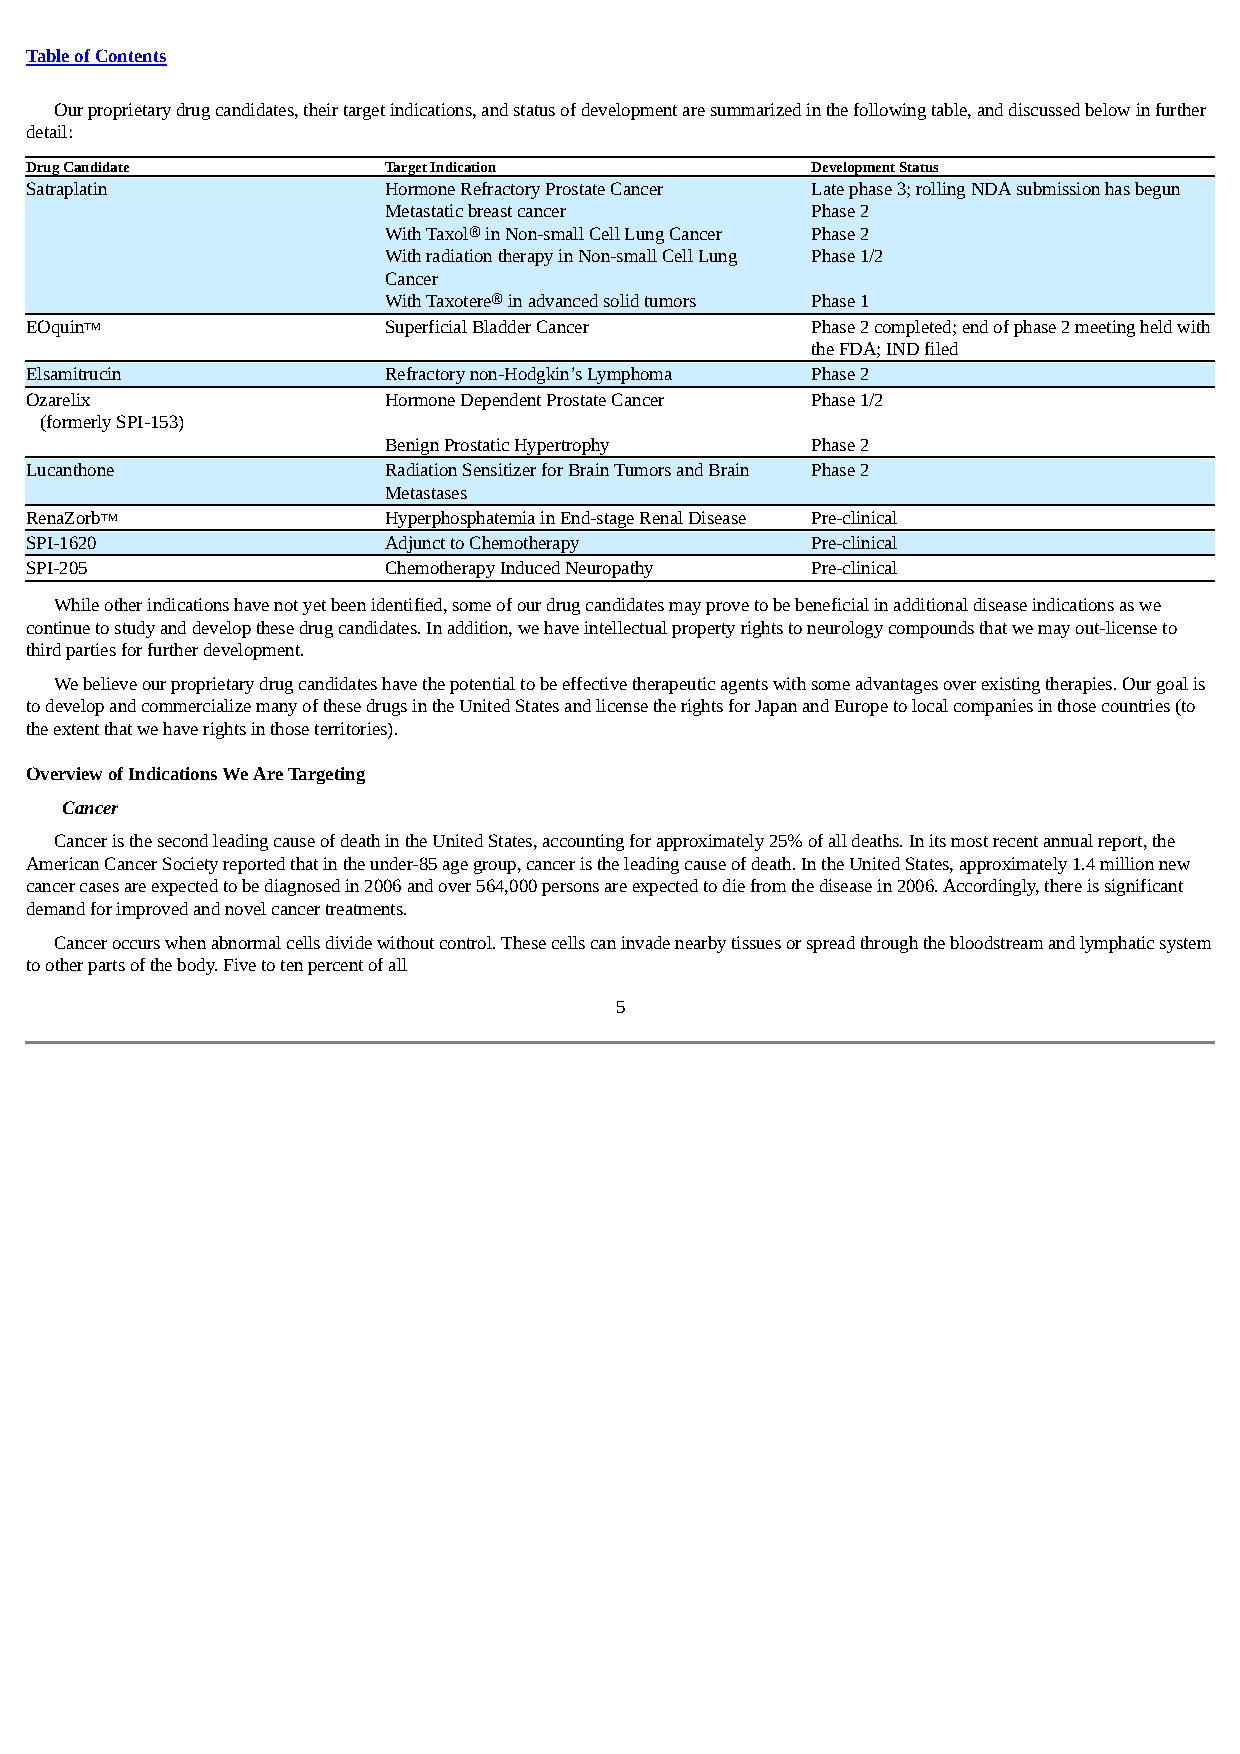
Table of Contents
 Our proprietary drug candidates, their target indications, and status of development are summarized in the following table, and discussed below in further
 detail:
 Drug Candidate         Target Indication            Development Status
 Satraplatin            Hormone Refractory Prostate Cancer Late phase 3; rolling NDA submission has begun
 Metastatic breast cancer     Phase 2
 With Taxol® in Non-small Cell Lung Cancer Phase 2
 With radiation therapy in Non-small Cell Lung Phase 1/2
 Cancer
 With Taxotere® in advanced solid tumors Phase 1
 EOquinTM               Superficial Bladder Cancer   Phase 2 completed; end of phase 2 meeting held with
 the FDA; IND filed
 Elsamitrucin           Refractory non-Hodgkin’s Lymphoma Phase 2
 Ozarelix               Hormone Dependent Prostate Cancer Phase 1/2
 (formerly SPI-153)
 Benign Prostatic Hypertrophy Phase 2
 Lucanthone             Radiation Sensitizer for Brain Tumors and Brain Phase 2
 Metastases
 RenaZorbTM             Hyperphosphatemia in End-stage Renal Disease Pre-clinical
 SPI-1620               Adjunct to Chemotherapy      Pre-clinical
 SPI-205                Chemotherapy Induced Neuropathy Pre-clinical
 While other indications have not yet been identified, some of our drug candidates may prove to be beneficial in additional disease indications as we
 continue to study and develop these drug candidates. In addition, we have intellectual property rights to neurology compounds that we may out-license to
 third parties for further development.
 We believe our proprietary drug candidates have the potential to be effective therapeutic agents with some advantages over existing therapies. Our goal is
 to develop and commercialize many of these drugs in the United States and license the rights for Japan and Europe to local companies in those countries (to
 the extent that we have rights in those territories).
 Overview of Indications We Are Targeting
 Cancer
 Cancer is the second leading cause of death in the United States, accounting for approximately 25% of all deaths. In its most recent annual report, the
 American Cancer Society reported that in the under-85 age group, cancer is the leading cause of death. In the United States, approximately 1.4 million new
 cancer cases are expected to be diagnosed in 2006 and over 564,000 persons are expected to die from the disease in 2006. Accordingly, there is significant
 demand for improved and novel cancer treatments.
 Cancer occurs when abnormal cells divide without control. These cells can invade nearby tissues or spread through the bloodstream and lymphatic system
 to other parts of the body. Five to ten percent of all
 5